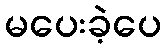
မပေးခဲ့ပေ